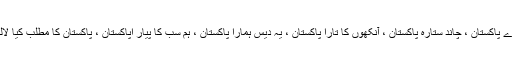
پاکستان زندہ آباد ، جیوے جیوے پاکستان ، چاند ستارہ پاکستان ، آنکھوں کا تارا پاکستان ، یہ دیس ہمارا پاکستان ، ہم سب کا پیار اپاکستان ، پاکستان کا مطلب کیا لالہ الا اللہ ، تیرا میرا رشتہ کیا ۔